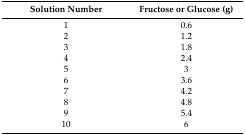
| Solution Number | Fructose or Glucose (g) |
 | --- | --- |
 | 1 | 0.6 |
 | 2 | 1.2 |
 | 3 | 1.8 |
 | 4 | 2.4 |
 | 5 | 3 |
 | 6 | 3.6 |
 | 7 | 4.2 |
 | 8 | 4.8 |
 | 9 | 5.4 |
 | 10 | 6 |